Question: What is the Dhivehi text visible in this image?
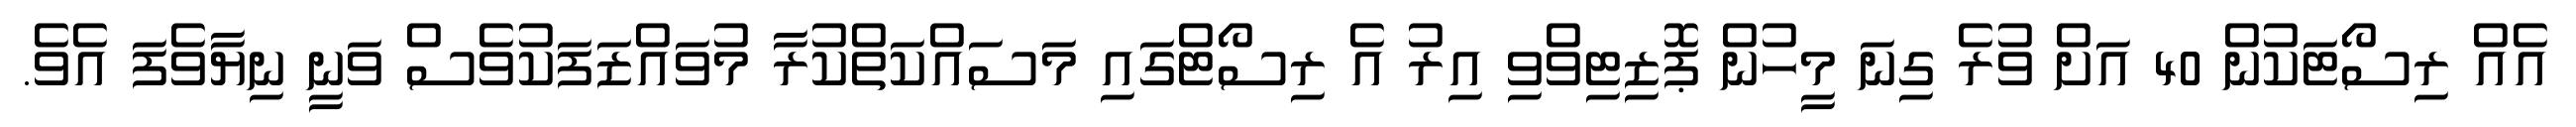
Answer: އެއް ރިސޯޓަކުން 40 އަށް ވުރެ ގިނަ މީހުން ޕޮޒިޓިވްވި އިރު އެ ރިސޯޓްގައި މަސައްކަތްކުރާ މުވައްޒަފަކުވެސް ވަނީ ނިޔާވެފަ އެވެ.